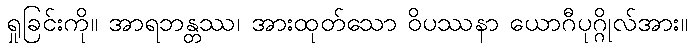
ရှုခြင်းကို။ အာရဘန္တဿ၊ အားထုတ်သော ဝိပဿနာ ယောဂီပုဂ္ဂိုလ်အား။